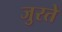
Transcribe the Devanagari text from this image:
जुरते